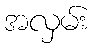
အလှမ်း